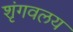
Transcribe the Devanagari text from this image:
शृंगवलय